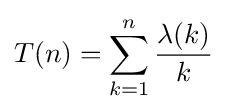
T(n)=\sum _{k=1}^{n}{\frac {\lambda (k)}{k}}